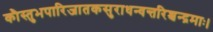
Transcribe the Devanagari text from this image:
कौस्तुभपारिजातकसुराधन्वन्तरिश्चन्द्रमाः।